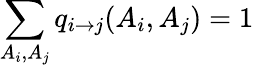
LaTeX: \sum_{A_{i},A_{j}}q_{i\to j}(A_{i},A_{j})=1